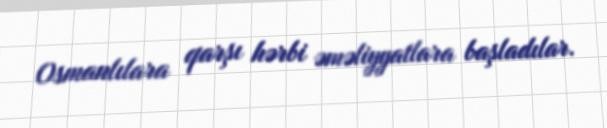
Osmanlılara qarşı hərbi əməliyyatlara başladılar.